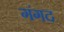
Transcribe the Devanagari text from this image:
गंगद